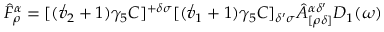
\hat { F } _ { \rho } ^ { \alpha } = [ ( \not v _ { 2 } + 1 ) \gamma _ { 5 } C ] ^ { + \delta \sigma } [ ( \not v _ { 1 } + 1 ) \gamma _ { 5 } C ] _ { \delta ^ { \prime } \sigma } \hat { A } _ { [ \rho \delta ] } ^ { \alpha \delta ^ { \prime } } D _ { 1 } ( \omega )